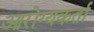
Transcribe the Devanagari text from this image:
आरोग्यकर्ता